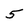
Character: 5